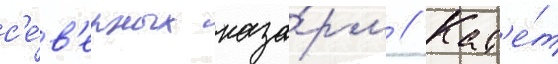
с'е́в'ерных каза́рм // Кад'е́т